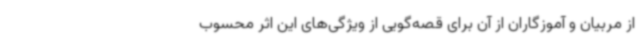
از مربیان و آموزگاران از آن برای قصه‌گویی از ویژگی‌های این اثر محسوب